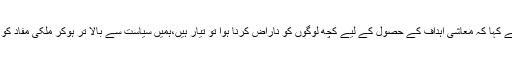
حفیظ شیخ نے کہا کہ معاشی اہداف کے حصول کے لیے کچھ لوگوں کو ناراض کرنا ہوا تو تیار ہیں،ہمیں سیاست سے بالا تر ہوکر ملکی مفاد کو دیکھنا ہوگا۔